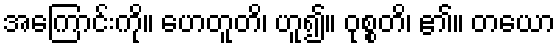
အကြောင်းကို။ ဟေတူတိ၊ ဟူ၍။ ဝုစ္စတိ၊ ၏။ တယော